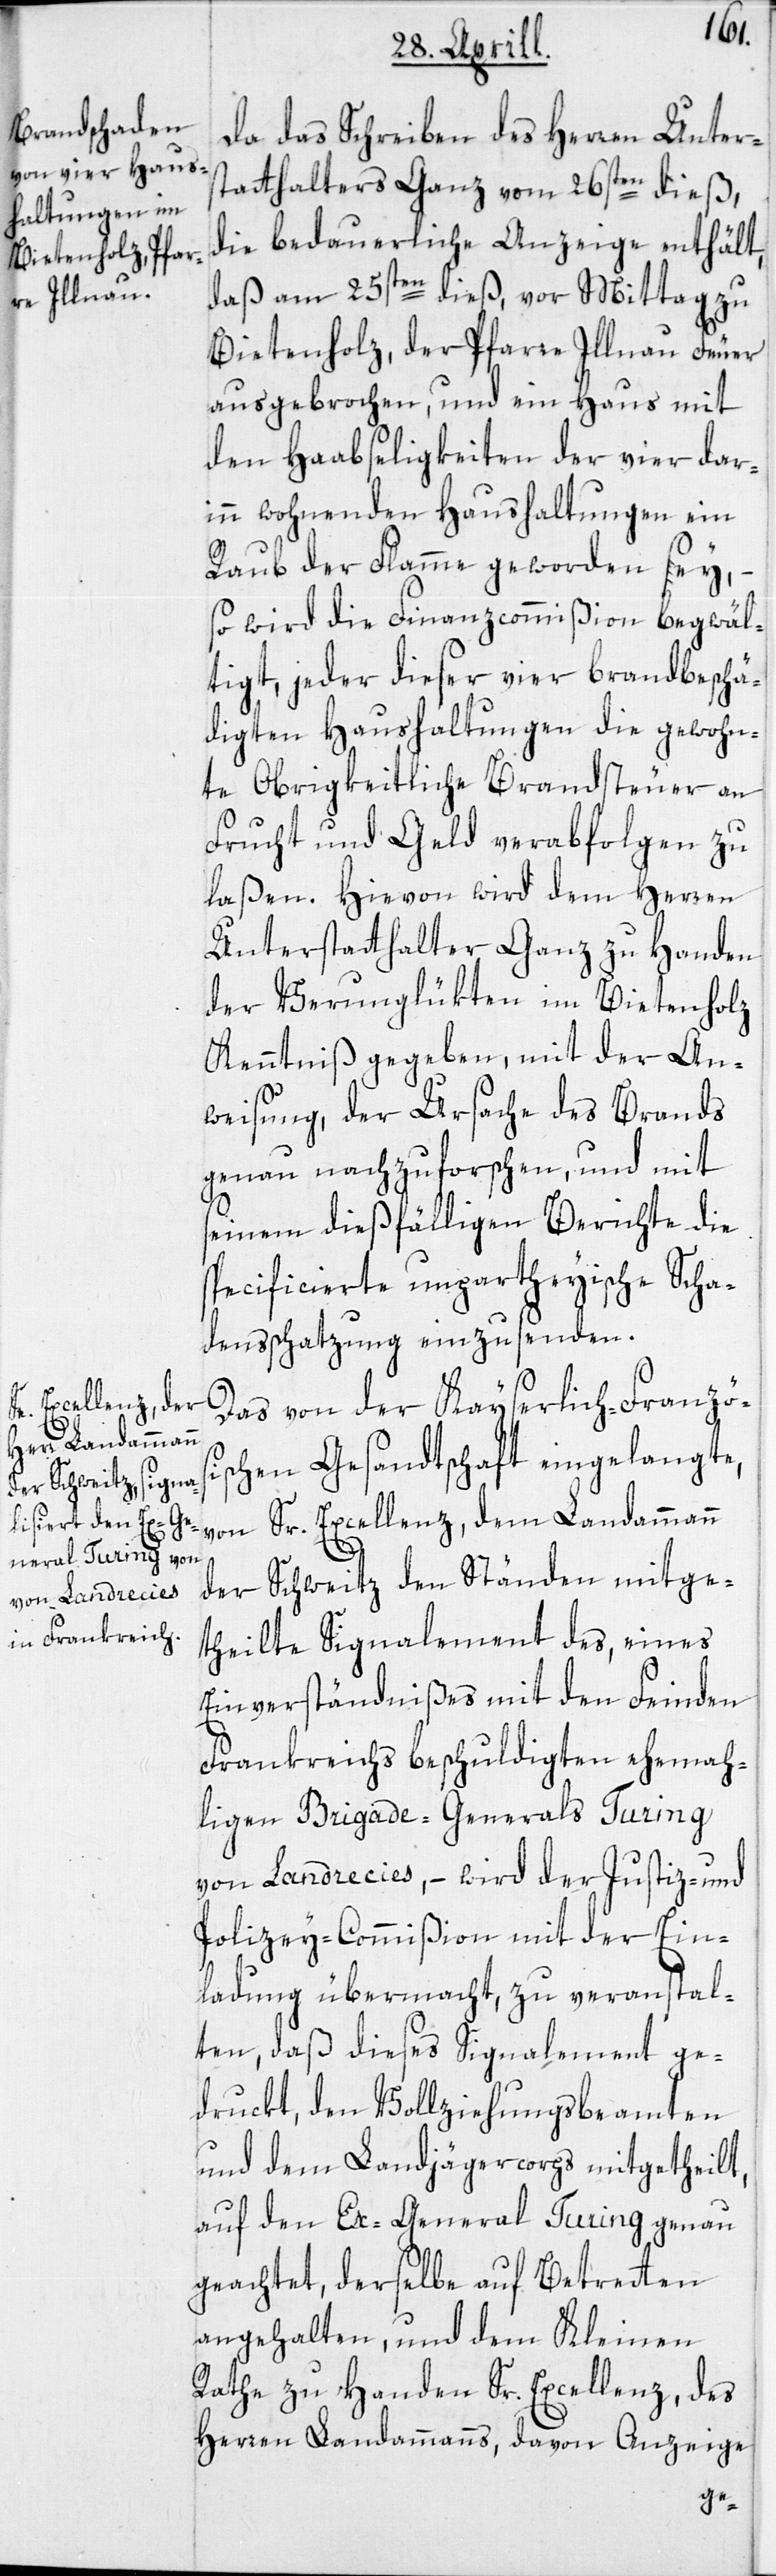
Da das Schreiben des Herren Unters¬
tatthalters Ganz vom 26sten dieß,
die bedauerliche Anzeige enthält,
daß am 25sten dieß, vor Mittag zu
Bietenholz, der Pfarre Illnau Feuer
ausgebrochen, und ein Haus mit
den Haabseligkeiten der vier dar¬
inn wohnenden Haushaltungen ein
Raub der Flamme geworden sey,
so wird die Finanzcommißion begwäl¬
tigt, jeder dieser vier brandbeschä¬
digten Haushaltungen die gewohn¬
te Obrigkeitliche Brandsteuer an
Frucht und Geld verabfolgen zu
laßen. Hievon wird dem Herren
Unterstatthalter Ganz zu Handen
der Verunglükten im Bietenholz
Kenntniß gegeben, mit der An¬
weisung, der Ursache des Brands
genau nachzuforschen, und mit
seinem dießfälligen Berichte die
specificierte unpartheyische Scha¬
densschatzung einzusenden.
Das von der Kayserlich-Französi¬
schen Gesandtschaft eingelangte,
von Sr. Excellenz, dem Landammann
der Schweitz den Ständen mitge¬
theilte Signalement des, eines
Einverständnißes mit den Feinden
Frankreichs beschuldigten ehemah¬
ligen Brigade-Generals Turing
von Landrecies, – wird der Justiz- und
Polizey-Commißion mit der Ein¬
ladung übermacht, zu veranstal¬
ten, daß dieses Signalement ge¬
druckt, den Vollziehungsbeamten
und dem Landjägercorps mitgetheilt,
auf den Ex-General Turing genau
geachtet, derselbe auf Betretten
angehalten, und dem Kleinen
Rathe zu Handen Sr. Excellenz, des
Herren Landammanns, davon Anzeige